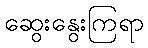
ဆွေးနွေးကြရာ